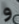
و